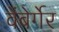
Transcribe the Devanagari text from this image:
वेंबेर्गेर